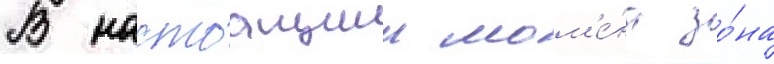
В настоащии мом'е́нт зо́на